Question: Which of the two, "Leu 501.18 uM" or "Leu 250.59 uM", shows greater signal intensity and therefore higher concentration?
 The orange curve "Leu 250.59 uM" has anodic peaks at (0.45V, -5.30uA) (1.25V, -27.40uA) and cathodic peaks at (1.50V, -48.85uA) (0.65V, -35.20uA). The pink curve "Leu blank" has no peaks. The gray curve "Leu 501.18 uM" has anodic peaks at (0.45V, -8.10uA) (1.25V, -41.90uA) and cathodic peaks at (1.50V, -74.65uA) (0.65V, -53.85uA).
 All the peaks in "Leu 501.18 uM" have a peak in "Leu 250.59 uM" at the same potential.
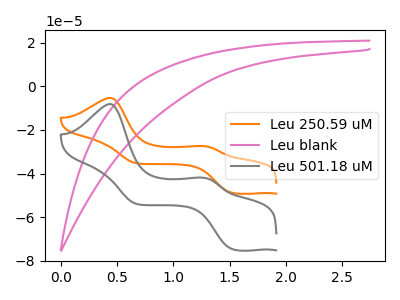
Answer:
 <answer>I cant tell if "Leu 501.18 uM" or "Leu 250.59 uM" has higher concentration.</answer>
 <eval>mixed_concentration</eval>